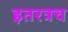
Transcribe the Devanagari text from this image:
इतरत्रच